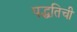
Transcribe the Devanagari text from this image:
पद्धतिची